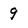
Character: 9